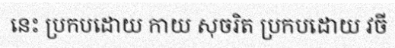
នេះ ប្រកបដោយ កាយ សុចរិត ប្រកបដោយ វចី